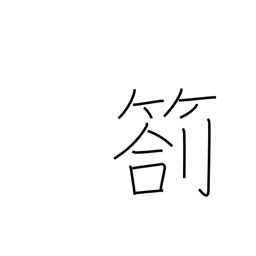
Meaning: progress report